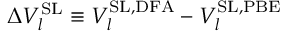
\Delta V _ { l } ^ { \mathrm { S L } } \equiv V _ { l } ^ { \mathrm { S L , D F A } } - V _ { l } ^ { \mathrm { S L , P B E } }